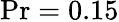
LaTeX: \operatorname*{Pr}=0.15